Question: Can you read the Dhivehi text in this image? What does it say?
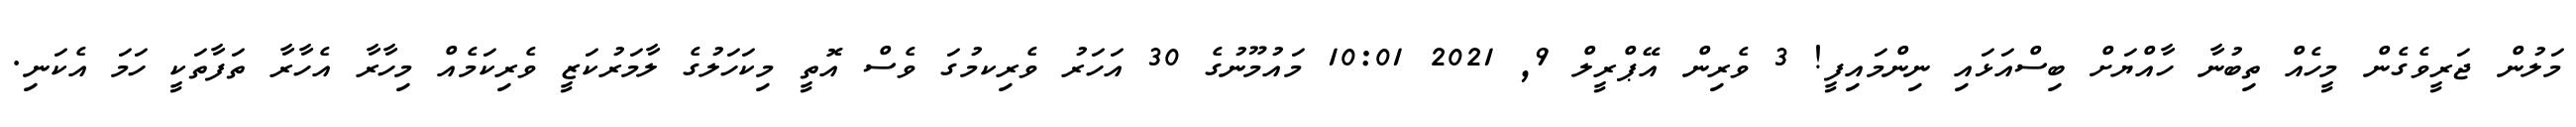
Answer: މަލުން ޖަރީވެގެން މީހެއް ތިބުނާ ހާއްޔަށް ބިސްއަޅައި ނިންމައިފީ! 3 ވެރިން އޭޕްރީލް 9, 2021 10:01 މައުމޫނުގެ 30 އަހަރު ވެރިކމުގަ ވެސް އޮތީ މިކަހަލުގެ ލާމަރުކަޒީ ވެރިކަމެއް މިހާރާ އެހާރާ ތަފާތަކީ ހަމަ އެކަނި.